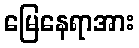
မြေနေရာအား